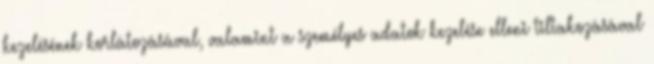
kezelésének korlátozásával, valamint a személyes adatok kezelése elleni tiltakozásával